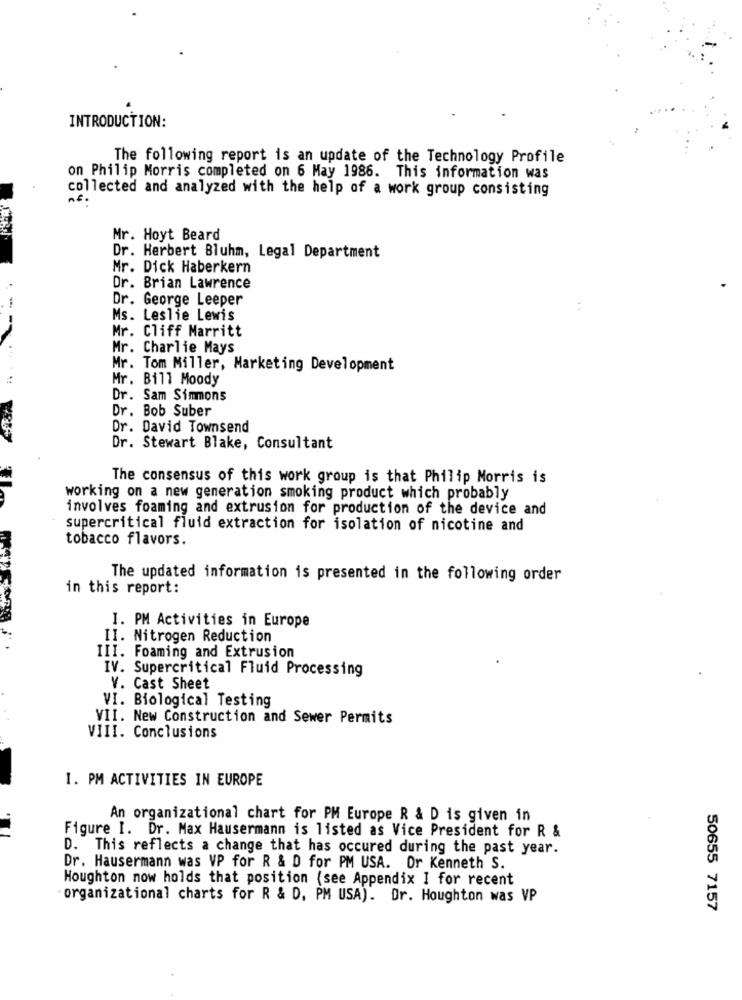
INTRODUCTION:
The following report is an update of the Technology Profile
on Philip Morris completed on 6 May 1986. This information was
collected and analyzed with the help of a work group consisting
nº .
Mr. Hoyt Beard
Dr. Herbert Bluhm, Legal Department
Mr. Dick Haberkern
Dr. Brian Lawrence
Dr. George Leeper
..
Ms. Leslie Lewis
--
Mr. Cliff Marritt
Mr. Charlie Mays
Mr. Tom Miller, Marketing Development
Mr. Bill Moody
Dr. Sam Simmons
Dr. Bob Suber
Dr. David Townsend
Dr. Stewart Blake, Consultant
The consensus of this work group is that Philip Morris is
working on a new generation smoking product which probably
involves foaming and extrusion for production of the device and
supercritical fluid extraction for isolation of nicotine and
tobacco flavors.
The updated information is presented in the following order
in this report:
I. PM Activities in Europe
II. Nitrogen Reduction
III. Foaming and Extrusion
IV. Supercritical Fluid Processing
V. Cast Sheet
VI. Biological Testing
VII. New Construction and Sewer Permits
VIII. Conclusions
I. PM ACTIVITIES IN EUROPE
An organizational chart for PM Europe R & D is given in
Figure I. Dr. Max Hausermann is listed as Vice President for R &
D. This reflects a change that has occured during the past year.
Dr. Hausermann was VP for R & D for PM USA. Or Kenneth S.
Houghton now holds that position (see Appendix I for recent
"organizational charts for R & D, PM USA). Dr. Houghton was VP
50655 7157